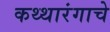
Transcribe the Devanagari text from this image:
कथ्थारंगाचे